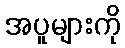
အပူများကို